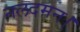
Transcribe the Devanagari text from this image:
नलदमन।